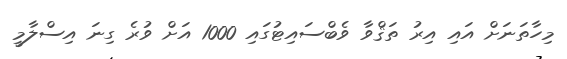
މިހާތަނަށް އައި އިރު ތަޤްވާ ވެބްސައިޓުގައި 1000 އަށް ވުރެ ގިނަ އިސްލާމީ